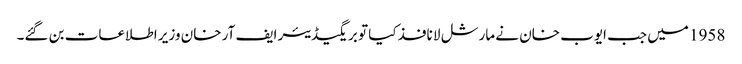
1958 میں جب ایوب خان نے مارشل لا نافذ کیا تو بریگیڈیئر ایف آر خان وزیر اطلاعات بن گئے۔